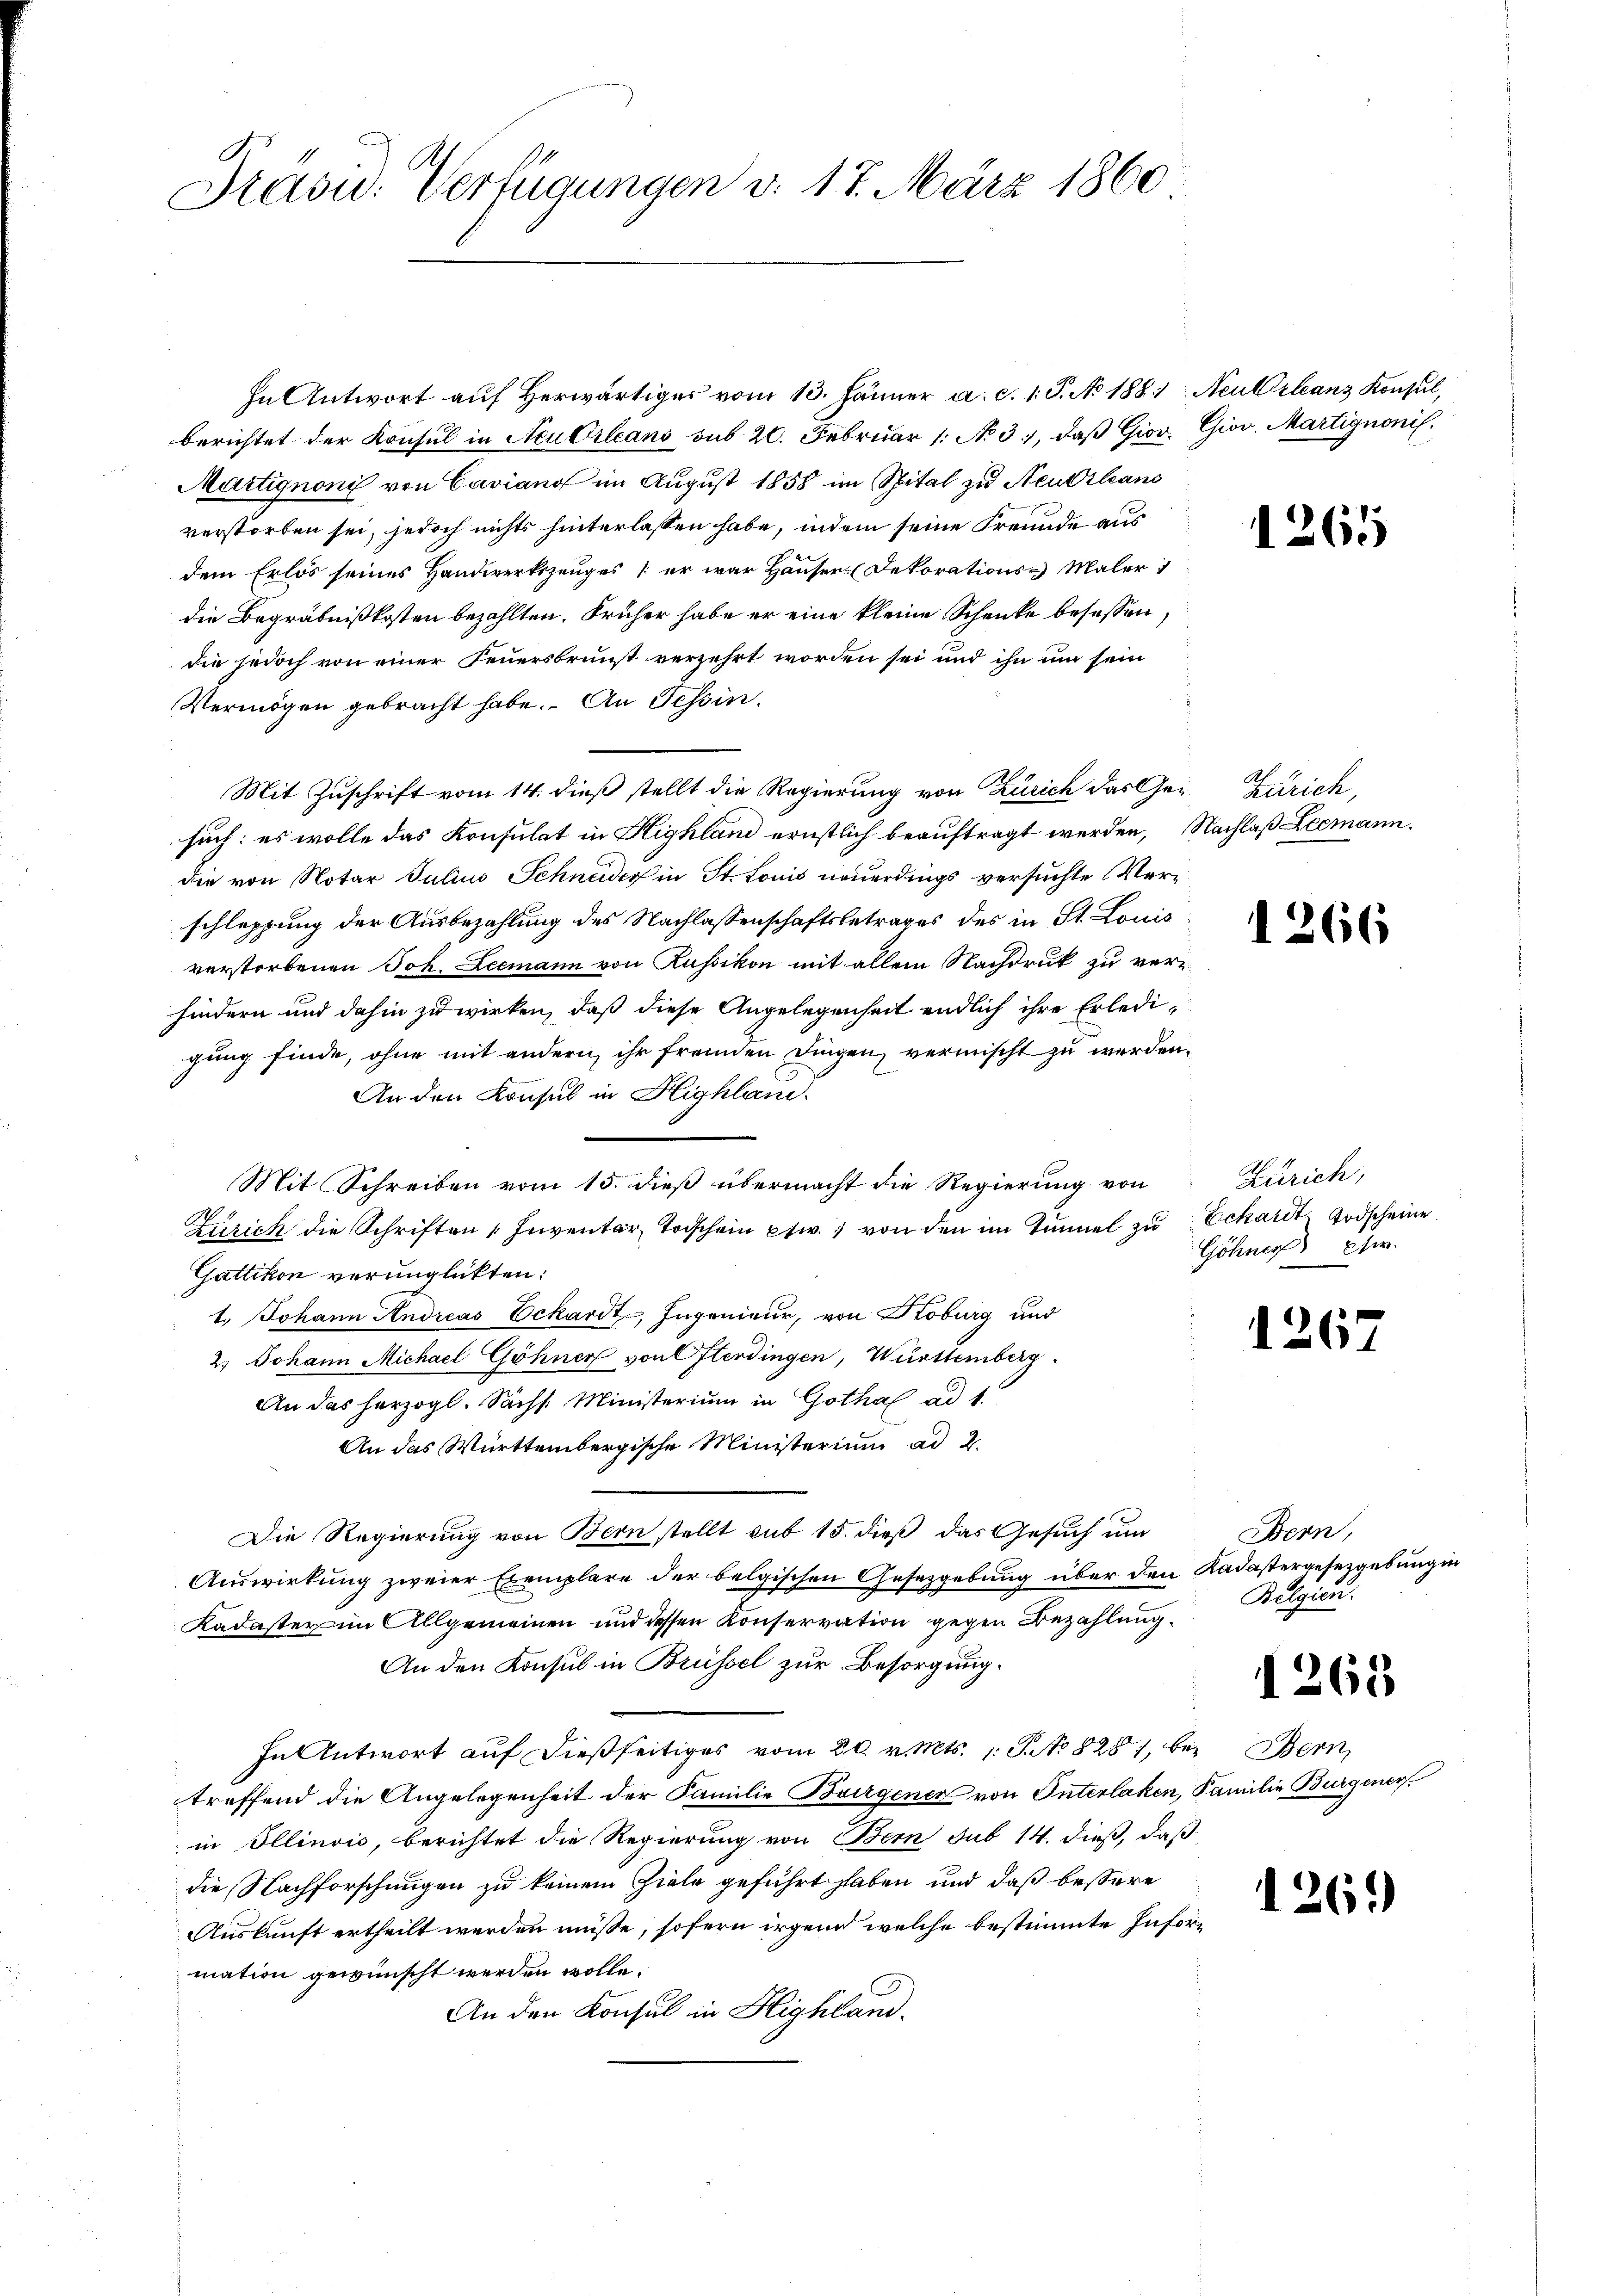
S.
Präsid. Verfügungen v. 17. März 1860

In Antwort auf herwärtiges vom 13. Jänner a. c. 1. P. No. 1881, Neu Orleans Konsul,
berichtet der Konsul in Neu Orleans sub 20. Februar 1. No. 3.), daβ Giov. Giov. Martignonis.
Martignoni von Caviano im August 1858 im Spital zu Neutzleans
verstorben sei, jedoch nichts hinterlassen habe, indem seine Freunde aus
dem Erlös seines Handwerkszeuges (er war Hauser. (Dekorations-Maler i
die Begräbnißkosten bezahlten. Früher habe er eine kleine Schenke besessen,
die jedoch von einer Feuersbrunst verzehrt worden sei und ihn um sein
Vermögen gebracht habe. An Tessin.
Mit Zuschrift vom 14. dieß stellt die Regierung von Zürich das Ge- Zürich,
such: es wolle das Konsulat in Highland ernstlich beauftragt werden, Nachlaß Leemann.
die von Notar Julius Schneider in St. Louis neuerdings versuchte Verschleppung der Ausbezahlung des Nachlassenschaftsbetrages des in St. Louis
verstorbenen Joh. Leemann von Russikon mit allem Nachdruk zu verhindern und dahin zu wirken, daß diese Angelegenheit endlich ihre Erledigung finde, ohne mit andern ihr fremden Dingen, vermischt zu werden.
An den Konsul in Highland.
Mit Schreiben vom 15. dieβ übermacht die Regierŭng von Zürich,
Zürich die Schriften Inventar, Todschein etw., von den im Tunnel zu Echart Todscheine
Gattikon verunglickten:
1. Johann Andreas Eckardt, Ingenieur, von Hoburg und
2.) Johann Michael Göhner von Osterdingen, Württemberg.
An das herzogl. Sächs Ministerium in Gotha ad 1.
An das Württembergische Ministerium ad 2.
Die Regierung von Bern stellt sub 15. dieß das Gesuch um
Auswirkung zweier Exemplare der belgischen Gesetzgebung über den Kadastergesetzgebung in
Kadaster im Allgemeinen und dessen Konservation gegen Bezahlung
An den Konsul in Brüssel zur Besorgung.
In Antwort auf dießseitiges vom 20. v. Mts. 1. P. No 8281, bei Bern,
treffend die Angelegenheit der Familie Bairgener von Interlaken, Familie Burgener
in Ellinois, berichtet die Regierung von Bern sub 14. dieß, daß
die Nachforschungen zu keinem Ziele geführt haben und daß bessere
Auskunft ertheilt werden müsse, sofern irgend welche bestimmte Information gewünscht werden wolle.
An den Konsul in Highland.

1265

1266

Göhner pfw.

1267

Bern,
Belgien.

1268

1261)